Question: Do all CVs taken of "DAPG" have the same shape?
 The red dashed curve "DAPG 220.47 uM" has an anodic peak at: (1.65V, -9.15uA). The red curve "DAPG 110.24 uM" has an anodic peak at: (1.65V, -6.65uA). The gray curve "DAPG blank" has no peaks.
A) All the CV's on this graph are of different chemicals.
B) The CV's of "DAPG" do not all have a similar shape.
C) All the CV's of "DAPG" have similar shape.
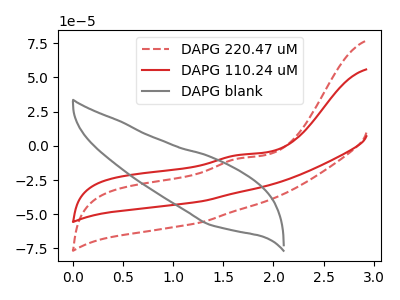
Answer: <think>All the peaks in "DAPG 220.47 uM" have a peak in "DAPG 110.24 uM" at the same potential. Every peak in "DAPG 220.47 uM" is lower than every peak in "DAPG 110.24 uM". "DAPG 220.47 uM" and "DAPG blank" have a different number of peaks. "DAPG 110.24 uM" and "DAPG blank" have a different number of peaks.
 </think>
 <answer>C) All the CV's of "DAPG" have similar shape.</answer>
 <eval>C</eval>